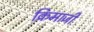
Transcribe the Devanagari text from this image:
क्रिमाजी